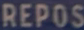
REPOS